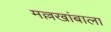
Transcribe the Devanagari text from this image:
मल्लखांबाला